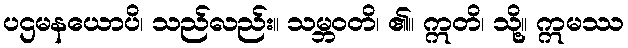
ပဌမနယောပိ၊ သည်လည်း။ သမ္ဘဝတိ၊ ၏။ ဣတိ၊ သို့။ ဣမဿ